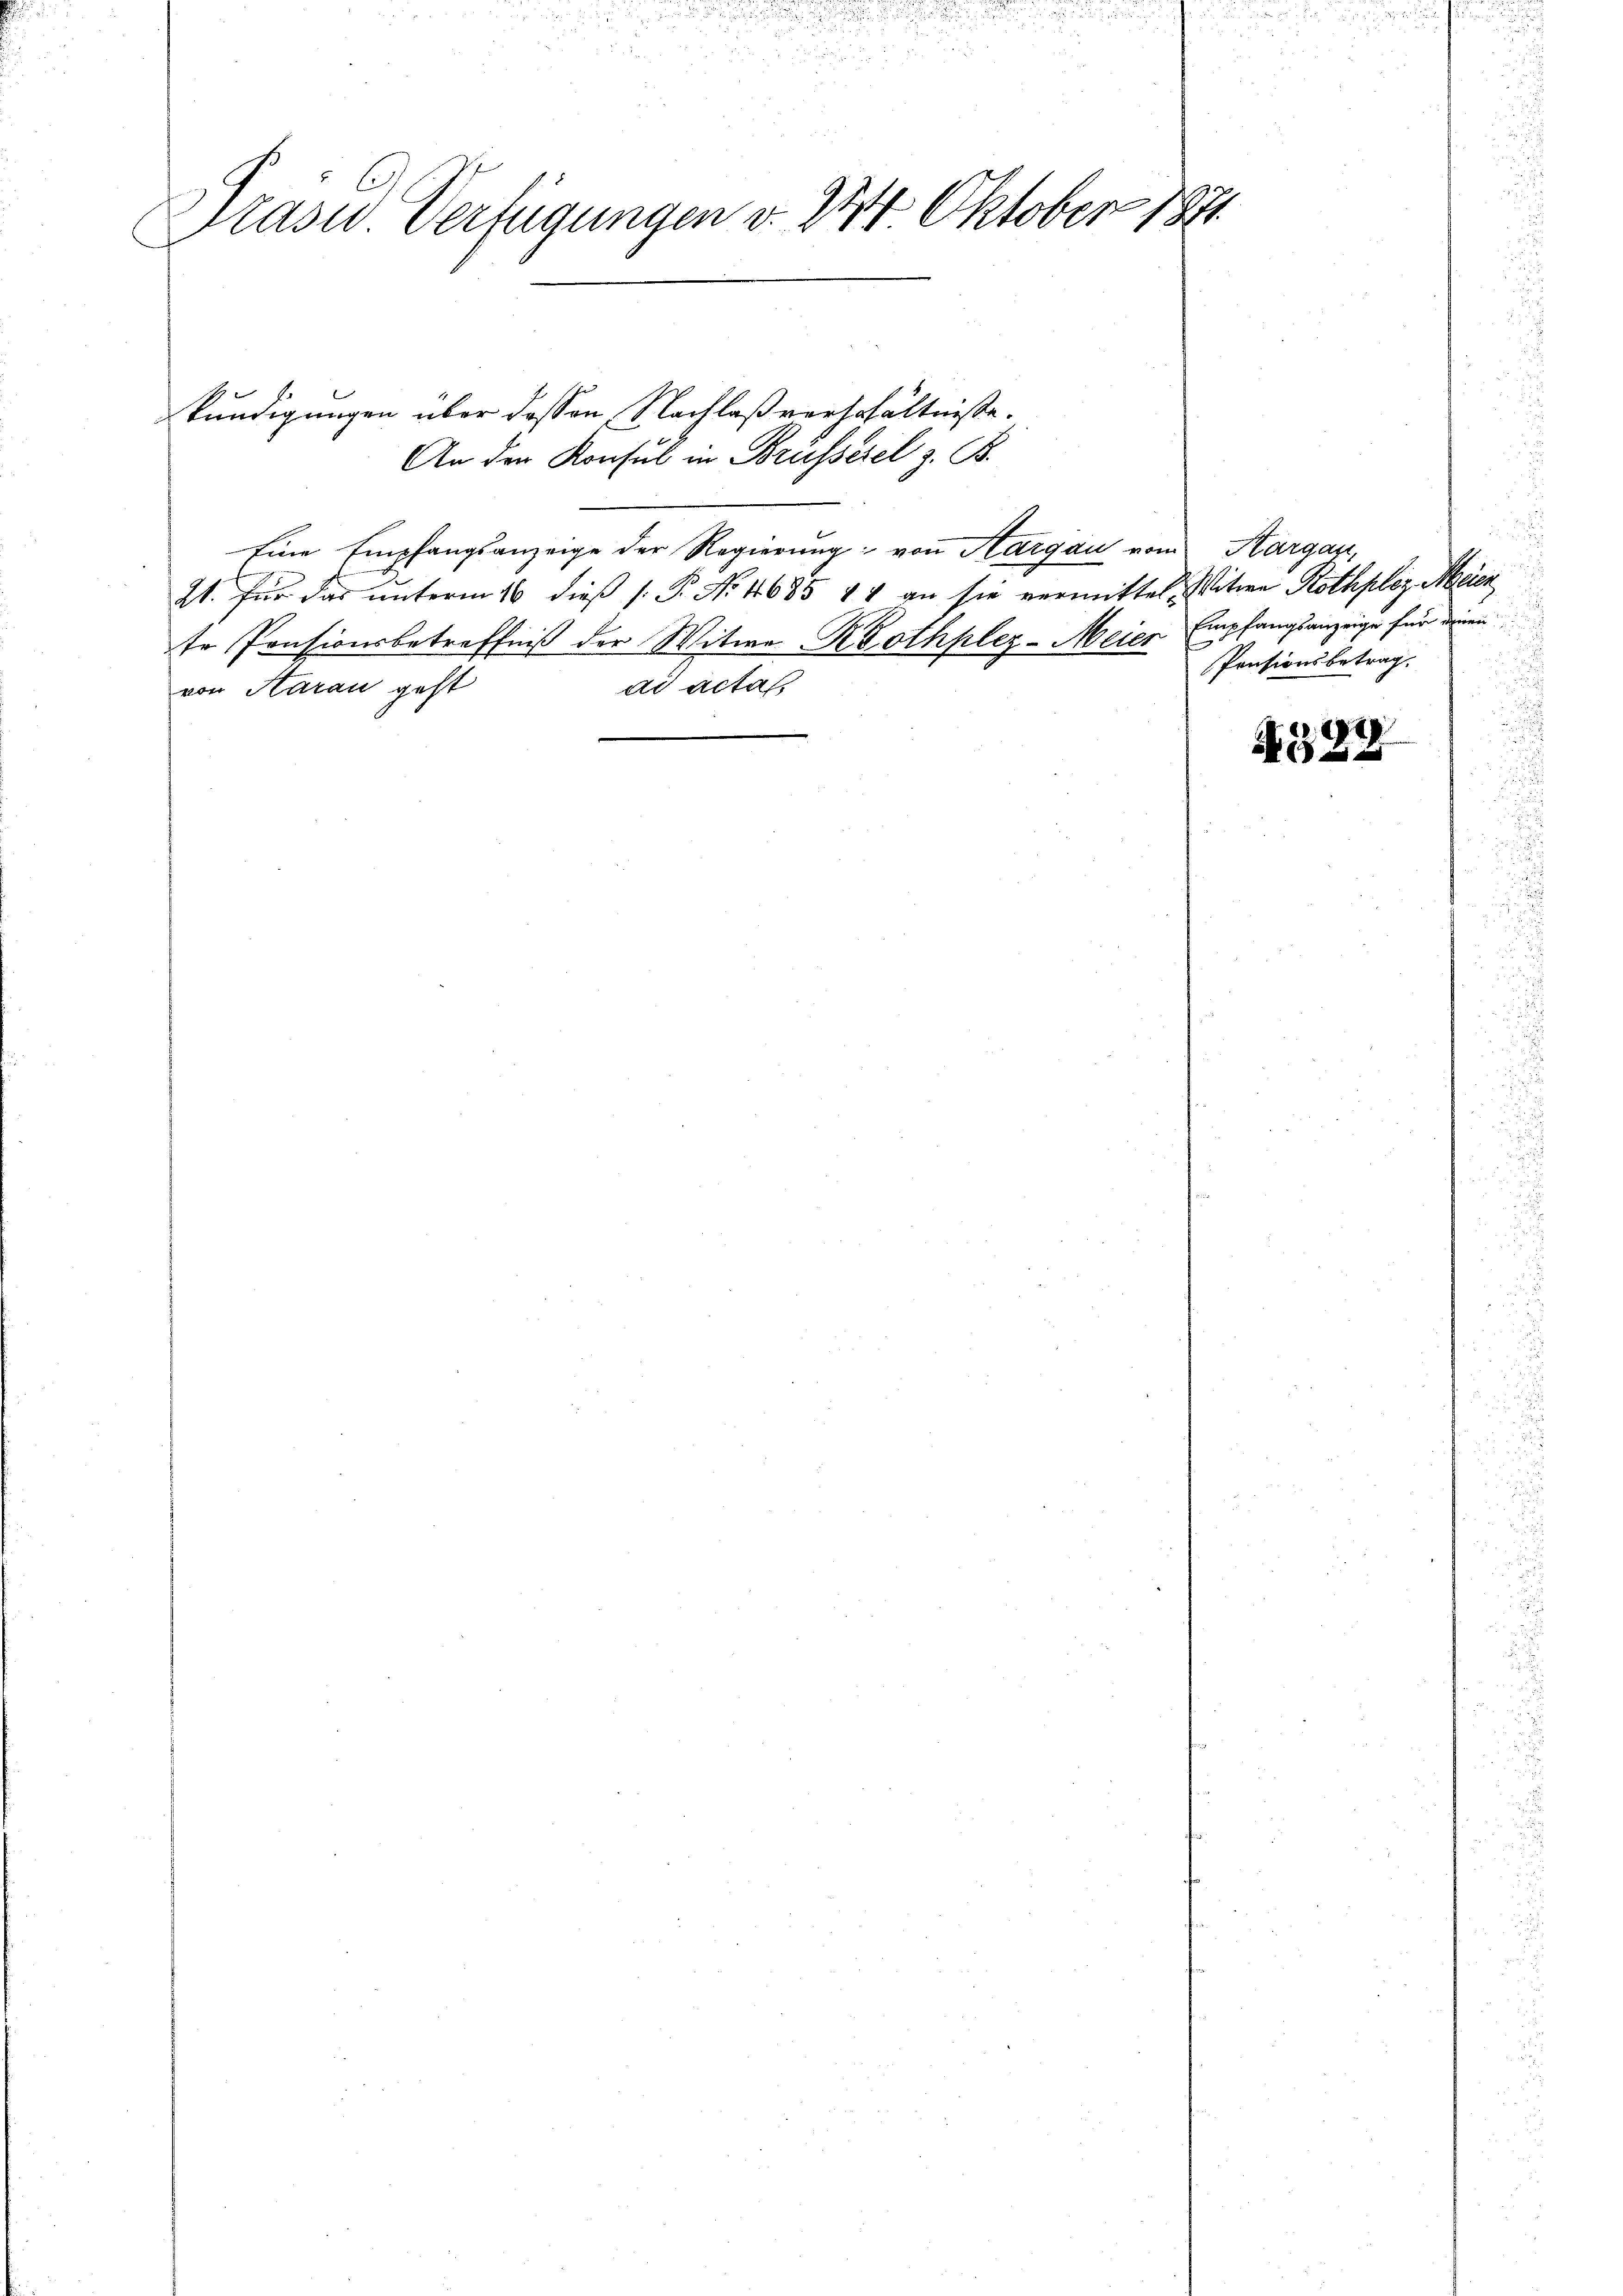
n

Präsid. Verfügungen v. 244 Oktober 1871

kundigungen über dessen Nachlaß verhehältniße.
An der Konsul in Brüssere z. B.

Eine Empfangsanzeige der Regierung: von Aargau vom Margau,
21. Für das unterm 16 dieβ (: P. No. 4685 44 an sie vermittel-
te Pensionsbetreffniß der Witwe Rothplez-Meier
ad acta
von Aarau geht

u
Witwe Rothploz Meier
Empfangsanzeige für einen
Pensionsbetrag.

398